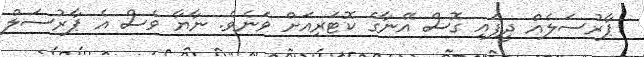
ޕާރުސަލެއް ދީފައި ގޮސް އޭނާގެ ކޮޓަރިއަށް ވަނެވެ. ނާޔާ ވެސް އެ ޕާރުސަލް